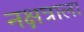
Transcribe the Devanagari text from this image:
नक्षत्राला